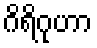
ဂိရိဂုဟာ